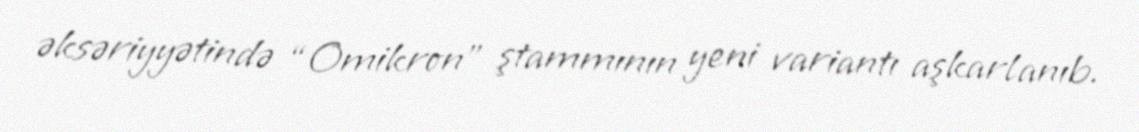
əksəriyyətində “Omikron” ştammının yeni variantı aşkarlanıb.